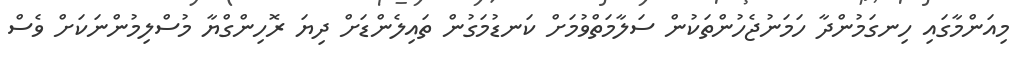
މިއަންމާގައި ހިނގަމުންދާ ހަމަނުޖެހުންތަކުން ސަލާމަތްވުމަށް ކަނޑުމަގުން ތައިލެންޑަށް ދިޔަ ރޮހިންގްޔާ މުސްލިމުންނަކަށް ވެސް